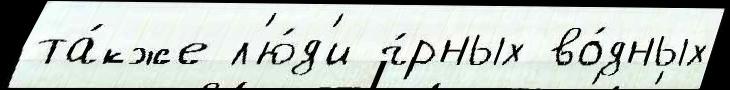
та́кже л'ю́д'и ч́рных во́дных